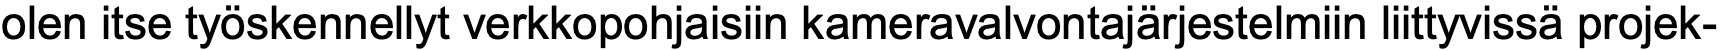
olen itse työskennellyt verkkopohjaisiin kameravalvontajärjestelmiin liittyvissä projek-